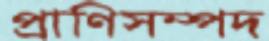
প্রাণিসম্পদ